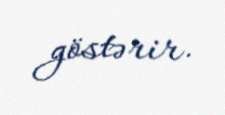
göstərir.